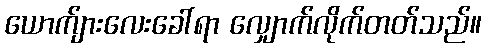
ယောက်ျားလေးခေါ်ရာ လျှောက်လိုက်တတ်သည်။